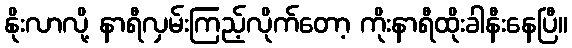
နိုးလာလို့ နာရီလှမ်းကြည့်လိုက်တော့ ကိုးနာရီထိုးခါနီးနေပြီ။